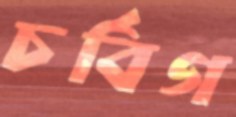
চর্বিগ